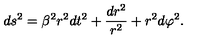
d s ^ { 2 } = \beta ^ { 2 } r ^ { 2 } d t ^ { 2 } + \frac { d r ^ { 2 } } { r ^ { 2 } } + r ^ { 2 } d \varphi ^ { 2 } .